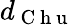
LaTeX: d_{\mathrm{~C~h~u~}}